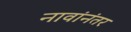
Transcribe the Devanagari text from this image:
नावांनंतर